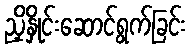
ညှိနှိုင်းဆောင်ရွက်ခြင်း